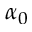
\alpha _ { 0 }